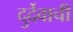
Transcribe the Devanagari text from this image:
दुर्देवाची